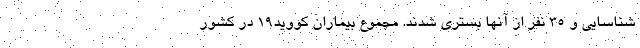
شناسایی و ۳۵ نفر از آنها بستری شدند. مجموع بیماران کووید۱۹ در کشور